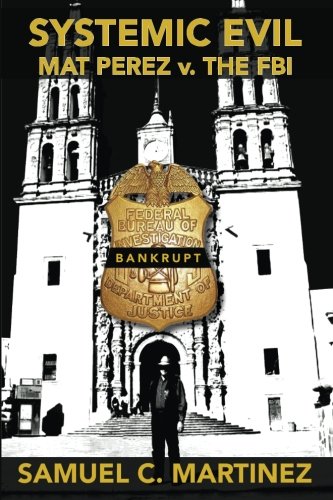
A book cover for Systemic Evil: MAT PEREZ v. THE FBI; Samuel C. Martinez; Law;